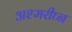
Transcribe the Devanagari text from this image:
अश्मरीघ्न